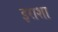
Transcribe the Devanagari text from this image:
इराशा